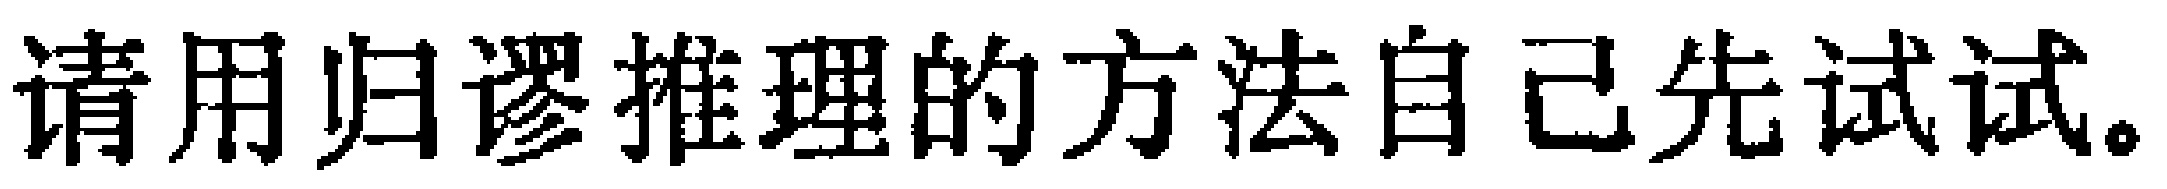
请用归谬推理的方法自己先试试。